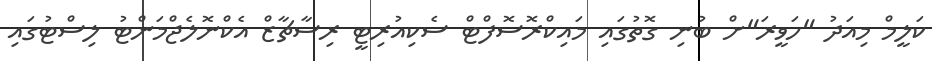
ކަލީމް މިއަދު "ހަވީރަ"ށް ބުނި ގޮތުގައި މައިކްރޮސޮފްޓް ސެކިއުރިޓީ ރިސާޗާޒް އެކްނޮލެޖްމަންޓު ލިސްޓުގައި